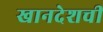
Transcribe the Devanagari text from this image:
खानदेशची